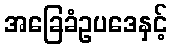
အခြေခံဥပဒေနှင့်